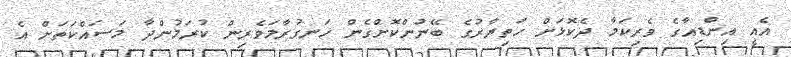
އެއީ އިންޑިއާގެ ވެރިކަމާ ދެކޮޅަށް ހަތިޔާރުގެ ބޭނުންކޮށްގެން ހަނގުރާމަވެރިން ކުރަމުންދާ މަސައްކަތަށް އެ